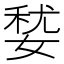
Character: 㛷